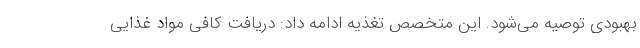
بهبودی توصیه می‌شود. این متخصص تغذیه ادامه داد: دریافت کافی مواد غذایی